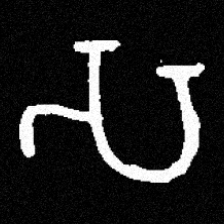
Pyu character \u2014 Myanmar letter: သ (romanized: sa)